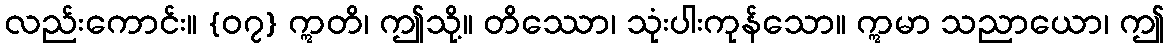
လည်းကောင်း။ {၀၇} ဣတိ၊ ဤသို့။ တိဿော၊ သုံးပါးကုန်သော။ ဣမာ သညာယော၊ ဤ